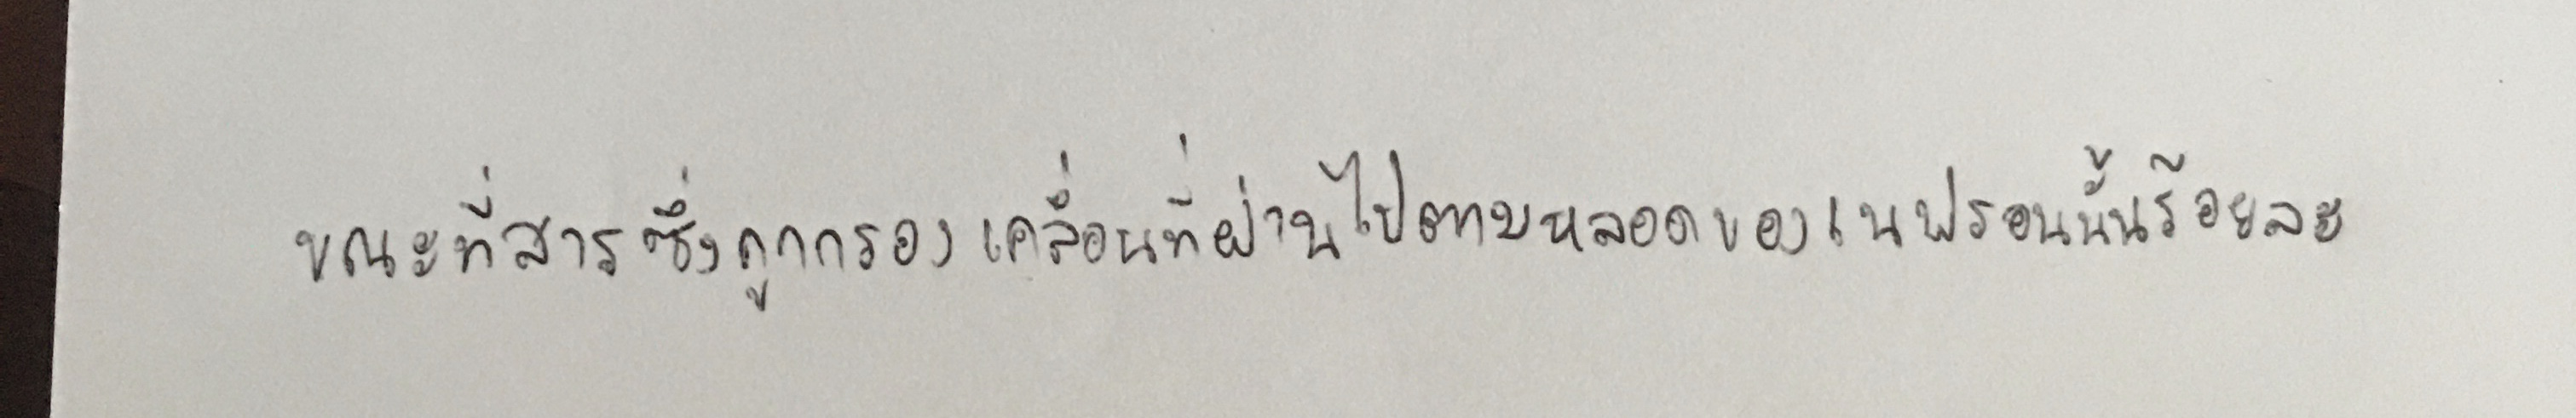
ขณะที่สารซึ่งถูกกรองเคลื่อนที่ผ่านไปตามหลอดของเนฟรอนนั้นร้อยละ